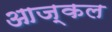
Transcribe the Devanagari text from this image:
आज्कल